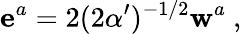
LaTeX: {\mathbf e^{a}}=2(2\alpha^{\prime})^{-1/2}{\mathbf w^{a}}\ ,